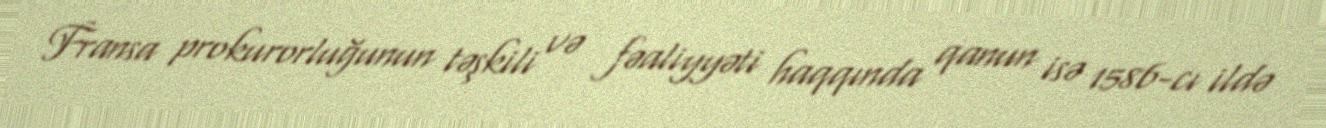
Fransa prokurorluğunun təşkili və fəaliyyəti haqqında qanun isə 1586-cı ildə